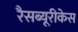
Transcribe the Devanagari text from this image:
रैसब्यूरीकेस